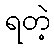
ရတဲ့